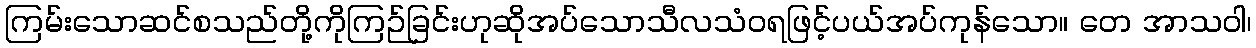
ကြမ်းသောဆင်စသည်တို့ကိုကြဉ်ခြင်းဟုဆိုအပ်သောသီလသံဝရဖြင့်ပယ်အပ်ကုန်သော။ တေ အာသဝါ၊